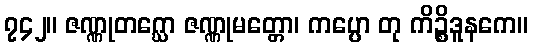
၇၄၂။ ဇဏ္ဏုတဂ္ဃော ဇဏ္ဏုမတ္တော၊ ကပ္ပော တု ကိဉ္စိဒူနကေ။